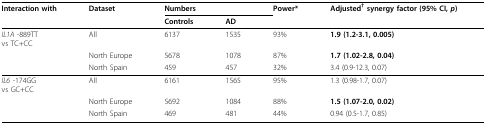
<table><thead><tr><td><b>Interaction with</b></td><td><b>Dataset</b></td><td colspan="2"><b>Numbers</b></td><td><b>Power*</b></td><td><b>Adjusted<sup>† </sup>synergy factor (95% CI, <i>p</i>)</b></td></tr><tr><td></td><td></td><td><b>Controls</b></td><td><b>AD</b></td><td></td><td></td></tr></thead><tbody><tr><td><i>IL1A </i>-889TTvs TC+CC</td><td>All</td><td>6137</td><td>1535</td><td>93%</td><td><b>1.9 (1.2-3.1, 0.005)</b></td></tr><tr><td></td><td>North Europe</td><td>5678</td><td>1078</td><td>87%</td><td><b>1.7 (1.02-2.8, 0.04)</b></td></tr><tr><td></td><td>North Spain</td><td>459</td><td>457</td><td>32%</td><td>3.4 (0.9-12.3, 0.07)</td></tr><tr><td><i>IL6 </i>-174GGvs GC+CC</td><td>All</td><td>6161</td><td>1565</td><td>95%</td><td>1.3 (0.98-1.7, 0.07)</td></tr><tr><td></td><td>North Europe</td><td>5692</td><td>1084</td><td>88%</td><td><b>1.5 (1.07-2.0, 0.02)</b></td></tr><tr><td></td><td>North Spain</td><td>469</td><td>481</td><td>44%</td><td>0.94 (0.5-1.7, 0.85)</td></tr></tbody></table>